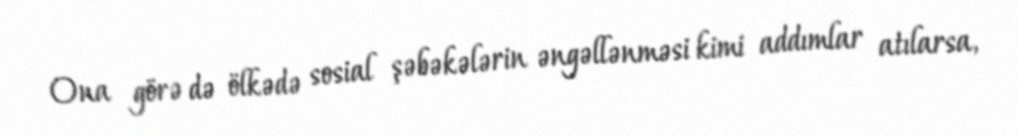
Ona görə də ölkədə sosial şəbəkələrin əngəllənməsi kimi addımlar atılarsa,